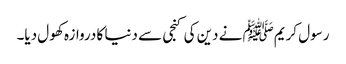
رسول کریمﷺ نے دین کی کنجی سے دنیا کا دروازہ کھول دیا۔